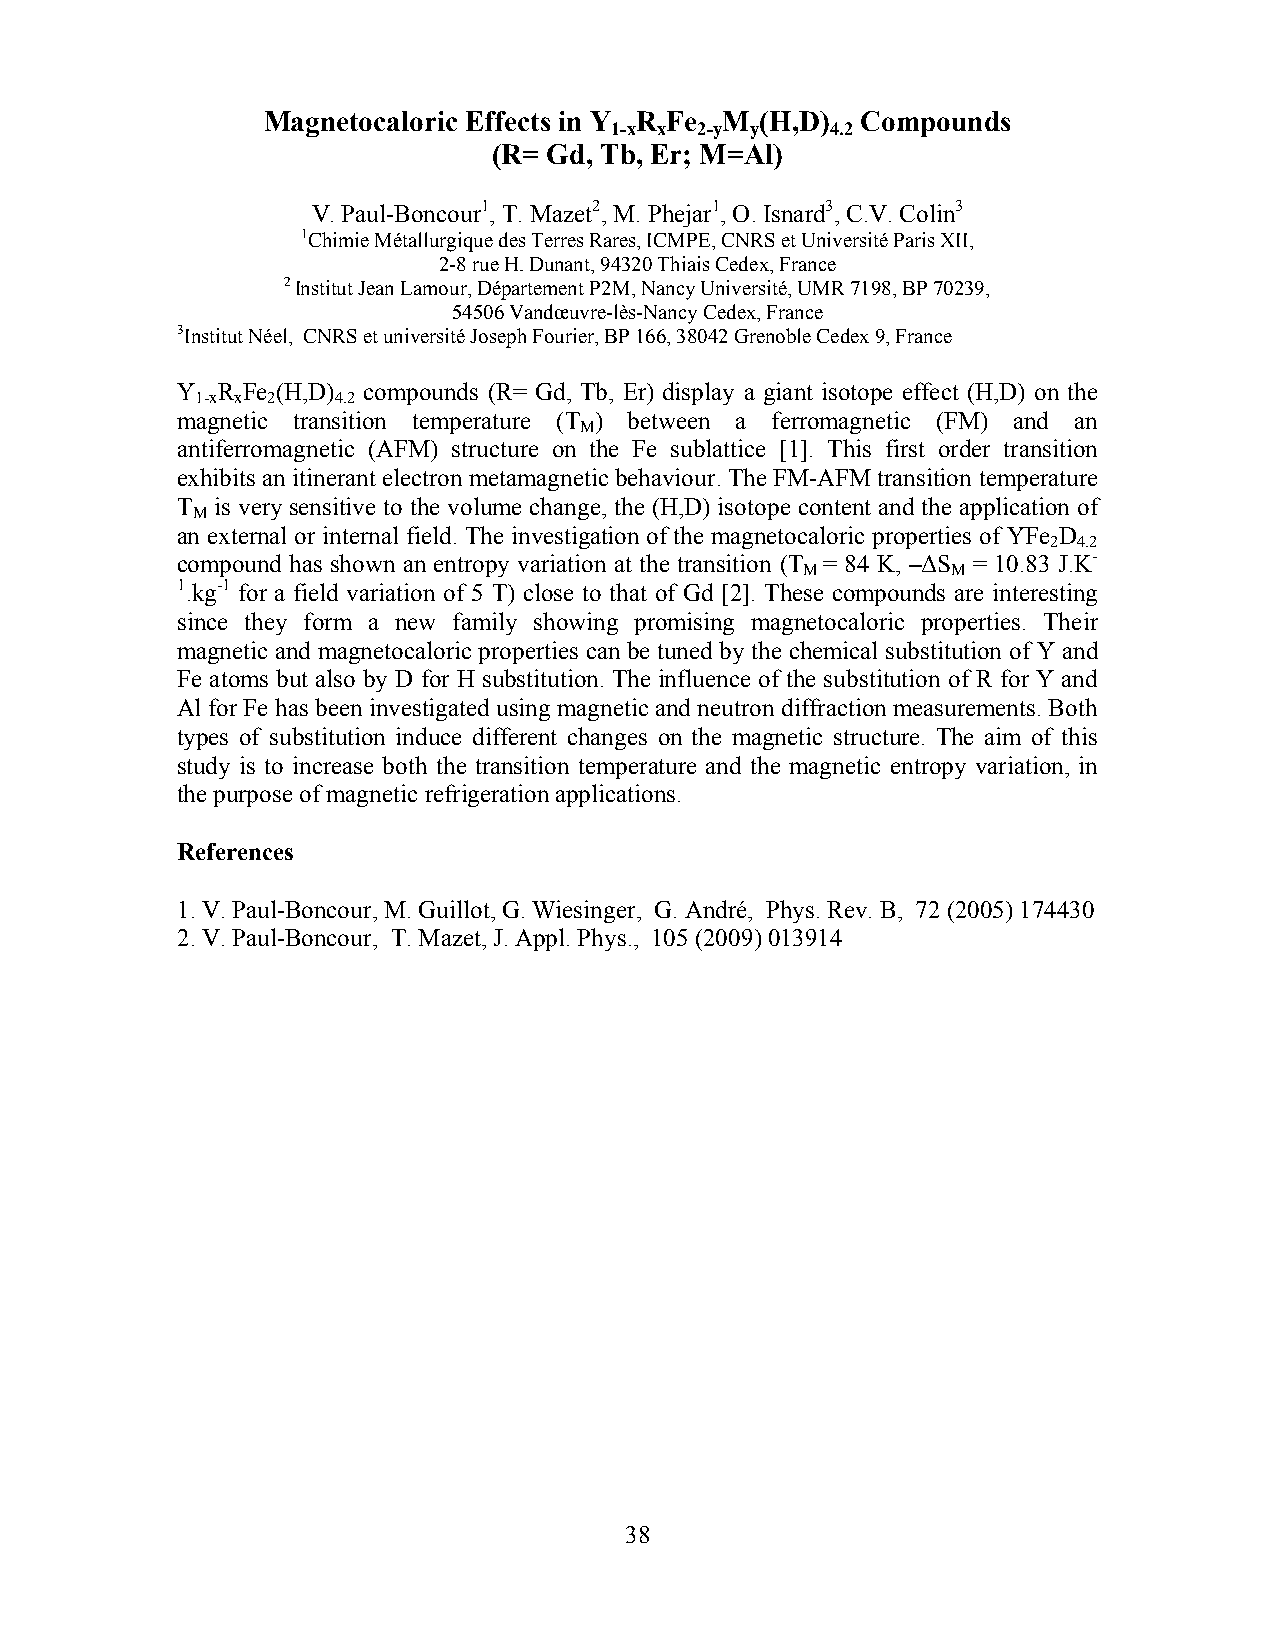
Magnetocaloric Effects in Y R Fe M (H,D) Compounds
 1-x x 2-y y    4.2
 (R= Gd, Tb, Er; M=Al)
 V. Paul-Boncour1, T. Mazet2, M. Phejar1, O. Isnard3, C.V. Colin3
 1Chimie Métallurgique des Terres Rares, ICMPE, CNRS et Université Paris XII,
 2-8 rue H. Dunant, 94320 Thiais Cedex, France
 2 Institut Jean Lamour, Département P2M, Nancy Université, UMR 7198, BP 70239,
 54506 Vandœuvre-lès-Nancy Cedex, France
 3Institut Néel, CNRS et université Joseph Fourier, BP 166, 38042 Grenoble Cedex 9, France
 Y R Fe (H,D) compounds (R= Gd, Tb, Er) display a giant isotope effect (H,D) on the
 1-x x 2  4.2
 magnetic transition temperature (T ) between a ferromagnetic (FM) and an
 M
 antiferromagnetic (AFM) structure on the Fe sublattice [1]. This first order transition
 exhibits an itinerant electron metamagnetic behaviour. The FM-AFM transition temperature
 T is very sensitive to the volume change, the (H,D) isotope content and the application of
 M
 an external or internal field. The investigation of the magnetocaloric properties of YFe D
 2 4.2
 compound has shown an entropy variation at the transition (T = 84 K, –ΔS = 10.83 J.K-
 M         M
 1.kg-1 for a field variation of 5 T) close to that of Gd [2]. These compounds are interesting
 since they form a new family showing promising magnetocaloric properties. Their
 magnetic and magnetocaloric properties can be tuned by the chemical substitution of Y and
 Fe atoms but also by D for H substitution. The influence of the substitution of R for Y and
 Al for Fe has been investigated using magnetic and neutron diffraction measurements. Both
 types of substitution induce different changes on the magnetic structure. The aim of this
 study is to increase both the transition temperature and the magnetic entropy variation, in
 the purpose of magnetic refrigeration applications.
 References
 1. V. Paul-Boncour, M. Guillot, G. Wiesinger, G. André, Phys. Rev. B, 72 (2005) 174430
 2. V. Paul-Boncour, T. Mazet, J. Appl. Phys., 105 (2009) 013914
 38